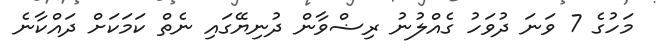
މަހުގެ 7 ވަނަ ދުވަހު ގެއްލުނު ރިޟްވާން ދުނިޔޭގައި ނެތް ކަމަކަށް ދައްކާނެ